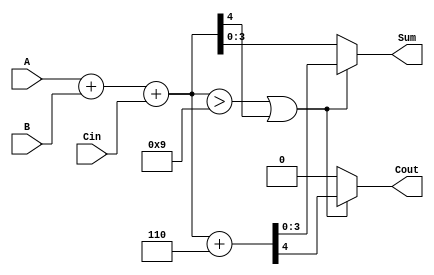
module BCD_Hybrid_Adder (
    input [3:0] A,       // First BCD digit input
    input [3:0] B,       // Second BCD digit input
    input Cin,           // Carry input
    output reg [3:0] Sum, // BCD sum output
    output reg Cout       // Carry output
);

    // Intermediate variables
    wire [4:0] S;        // 5-bit sum to accommodate carry
    wire correction;     // Correction flag

    // Binary addition
    assign S = A + B + Cin;

    // BCD correction condition: if S > 9 or carry out (5th bit of S is set)
    assign correction = (S > 9) || S[4];

    always @(*) begin
        if (correction) begin
            // If correction is needed, add 6 (0110)
            {Cout, Sum} = S + 5'b00110; // Adding 6 to the sum
        end else begin
            // No correction needed
            Cout = 1'b0; // No carry out
            Sum = S[3:0]; // Take the lower 4 bits
        end
    end

endmodule